Vabadussoja_Ajaloo_Komitee, lk 19
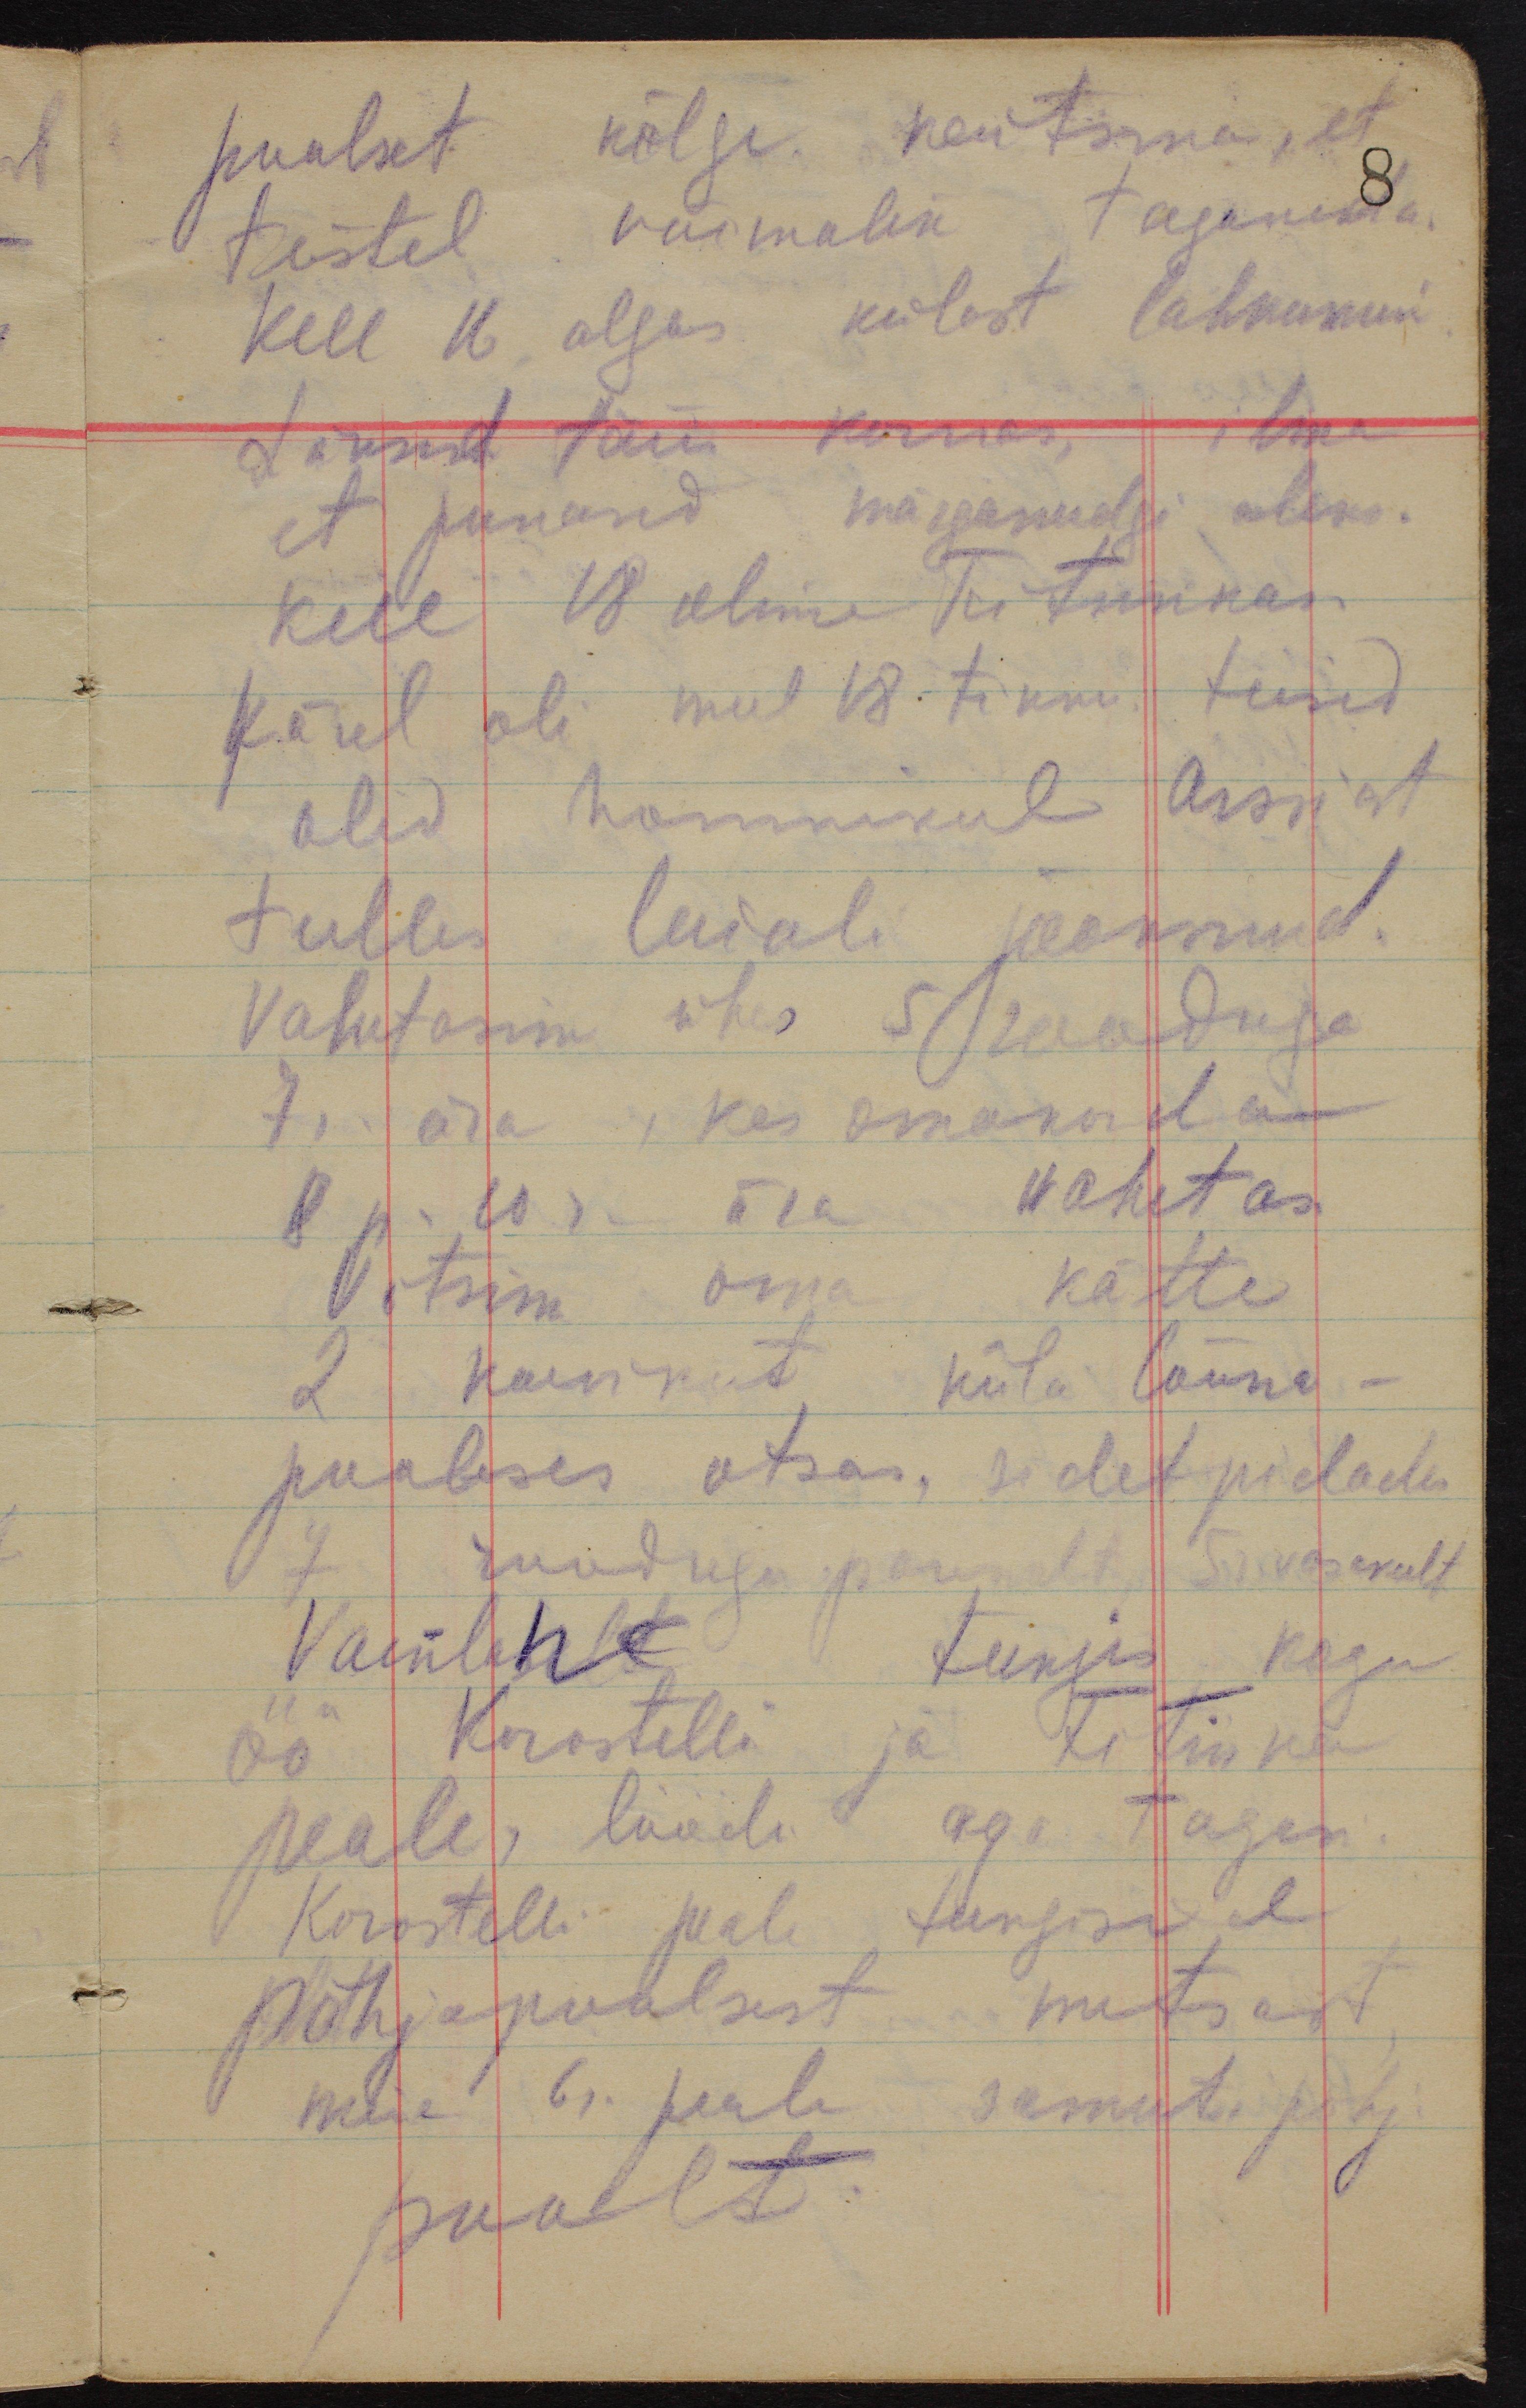
poolset külge kaitsma, et
teistel võimalik taganeda.
8
Kell 16 algas külast lahkumine.
Läksid täies korras, ilma
et punased märganudgi oleks.
kell 18 olime Fitinkas.
Järel oli mul 18 tikku, teised
olid hommikul Arssiast
tulles laiali jooksnud.
Vahetasin ühes 5 rooduga
7r. ära, kes omakorda
8p. ja 10r. ära vahetas.
Võtsin oma kätte
2 kaevikut küla lõuna -
poolses otsas, sidet pidades
7 rooduga paremalt, 5r. vasakult.
Vaenlane tungis kogu
öö Korostelli ja Fitinka
peale, löödi aga tagasi.
Korostelli peale tungisid
põhjapoolsest metsast
meie 6r. peale samuti põhja
poolt.